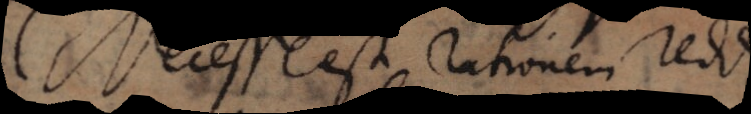
Necesse est rationem reddi